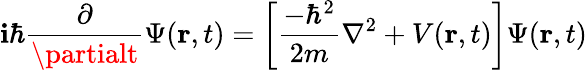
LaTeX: \mathbf{i}\hbar{\frac{{\partial}}{{\partialt}}}\Psi(\mathbf{{r}},t)=\left[{\frac{{-\hbar^{2}}}{{2m}}}\nabla^{2}+V(\mathbf{{r}},t)\right]\Psi(\mathbf{{r}},t)